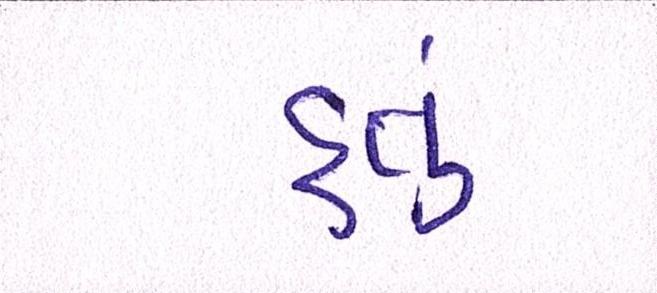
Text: હતું